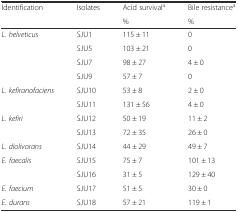
| Identification | Isolates | Acid survivala | Bile resistancea |
 |  |  | % | % |
 | --- | --- | --- | --- |
 | <ROWSPAN=4> L. helveticus | SJU1 | 115 ± 11 | 0 |
 | SJU5 | 103 ± 21 | 0 |
 | SJU7 | 98 ± 27 | 4 ± 0 |
 | SJU9 | 57 ± 7 | 0 |
 | <ROWSPAN=2> L. kefiranofaciens | SJU10 | 53 ± 8 | 2 ± 0 |
 | SJU11 | 131 ± 56 | 4 ± 0 |
 | <ROWSPAN=2> L. kefiri | SJU12 | 50 ± 19 | 11 ± 2 |
 | SJU13 | 72 ± 35 | 26 ± 0 |
 | L. diolivorans | SJU14 | 44 ± 29 | 49 ± 7 |
 | <ROWSPAN=2> E. faecalis | SJU15 | 75 ± 7 | 101 ± 13 |
 | SJU16 | 31 ± 5 | 129 ± 40 |
 | E. faecium | SJU17 | 51 ± 5 | 30 ± 0 |
 | E. durans | SJU18 | 57 ± 21 | 119 ± 1 |